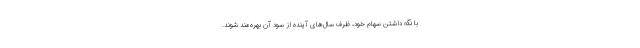
با نگه داشتن سهام خود، ظرف سال‌های آینده از سود آن بهره‌مند شوند.